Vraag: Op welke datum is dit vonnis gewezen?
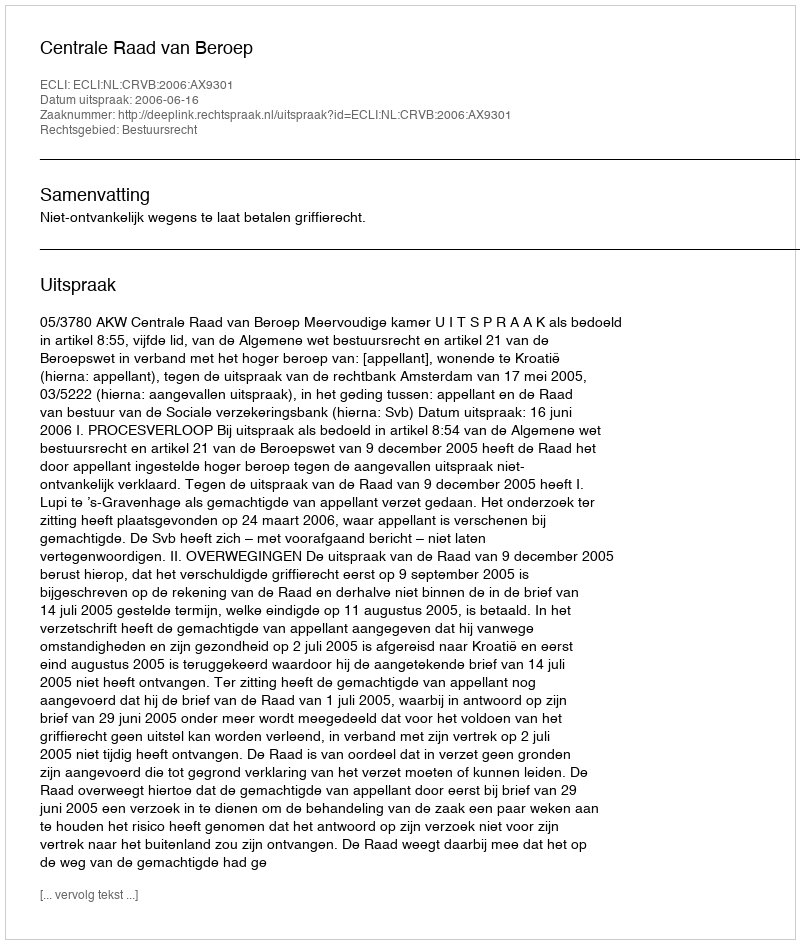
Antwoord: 2006-06-16